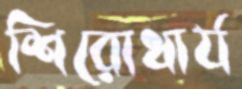
শিরোধার্য